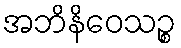
အဘိနိဝေသဉ္စ